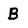
Character: B